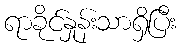
ရာခိုင်နှုန်းသာရှိပြီး